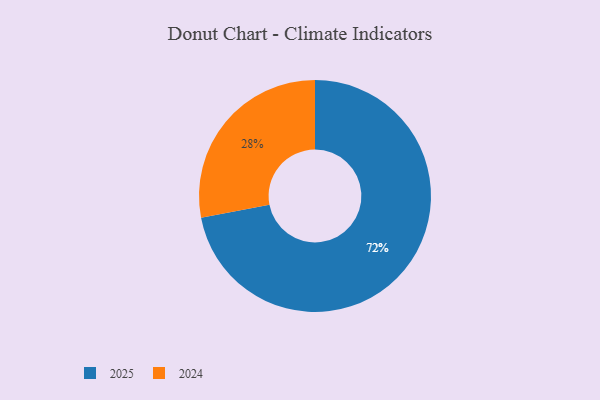
{"axis": {"x": "Category", "y": "Percentage"}, "legend": ["2024", "2025"], "data": [{"x": "2025", "y": 72, "type": "2025"}, {"x": "2024", "y": 28, "type": "2024"}]}